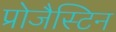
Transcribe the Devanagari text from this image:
प्रोजैस्टिन